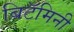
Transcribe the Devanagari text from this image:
बिटॅमिनी